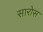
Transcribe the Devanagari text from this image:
सारोस